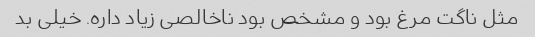
مثل ناگت مرغ بود و مشخص بود ناخالصی زیاد داره. خیلی بد